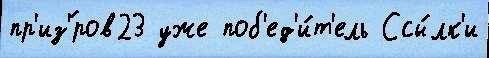
пр'из'́ров23 уже поб'ед'и́т'ель Ссы́лк'и